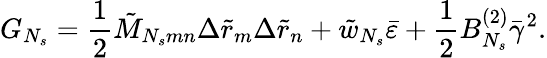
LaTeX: G_{N_{s}}=\frac{1}{2}\tilde{M}_{N_{s}mn}\Delta\tilde{r}_{m}\Delta\tilde{r}_{n}+\tilde{w}_{N_{s}}\bar{\varepsilon}+\frac{1}{2}B_{N_{s}}^{(2)}\bar{\gamma}^{2}.